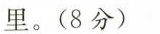
里。(8分)